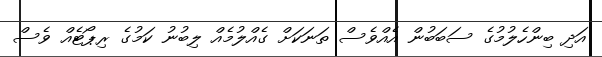
އަދި ބިންހެލުމުގެ ސަބަބުން އެއްވެސް ތަނަކަށް ގެއްލުމެއް ލިބުނު ކަމުގެ ރިޕޯޓެއް ވެސް